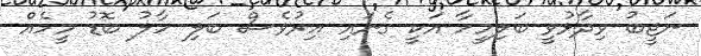
ނަޖީބު ވިދާޅުވީ ބަލިމީހާ އަކީ ގެނައި އިރުވެސް ބަލި ހާލު ބޮޑު މީހެެއް